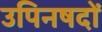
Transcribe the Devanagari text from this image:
उपिनषदों